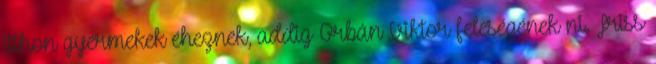
itthon gyermekek éheznek, addig Orbán Viktor feleségének ni. Friss